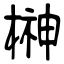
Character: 榊